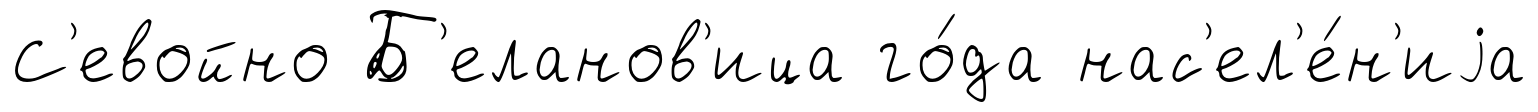
С'евойно Б'еланов'ица го́да нас'ел'е́н'иjа